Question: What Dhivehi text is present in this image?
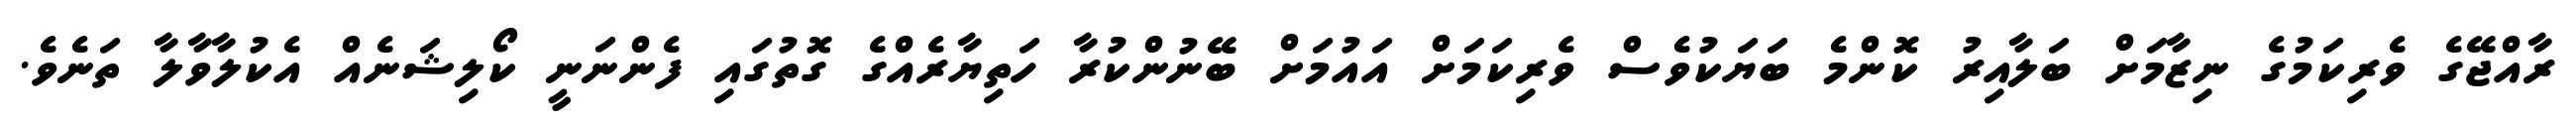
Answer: ރާއްޖޭގެ ވެރިކަމުގެ ނިޒާމަށް ބަލާއިރު ކޮންމެ ބަޔަކުވެސް ވެރިކަމަށް އައުމަށް ބޭނުންކުރާ ހަތިޔާރެއްގެ ގޮތުގައި ފެންނަނީ ކޯލިޝަނެއް އެކުލާވާލާ ތަނެވެ.